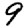
Digit: 9